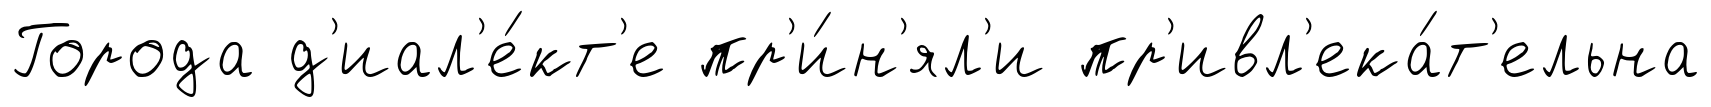
Города д'иал'е́кт'е пр'и́н'ял'и пр'ивл'ека́т'ельна